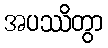
အပဿိတွာ